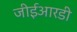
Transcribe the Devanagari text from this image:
जीईआरडी